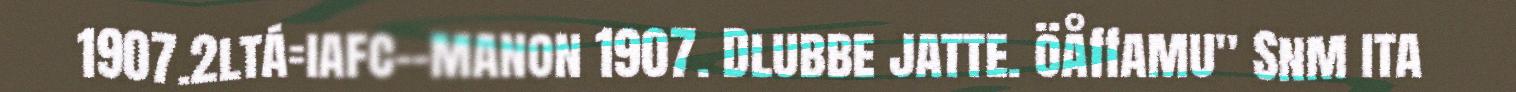
1907.2ltá=iafc--manon 1907. Dlubbe jatte. öåffamu" Snm ita